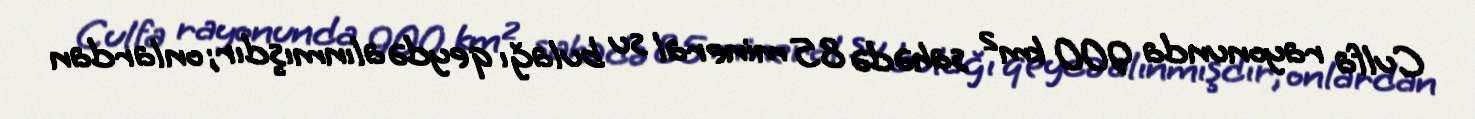
Culfa rayonunda 900 km² sahədə 85 mineral su bulağı qeydə alınmışdır; onlardan